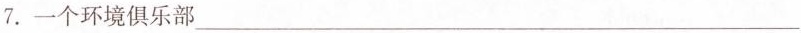
7.一个环境俱乐部___